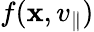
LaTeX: f(\mathbf{x},v_{\parallel})